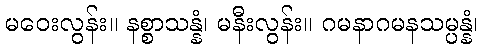
မဝေးလွန်း။ နစ္စာသန္နံ၊ မနီးလွန်း။ ဂမနာဂမနသမ္ပန္နံ၊